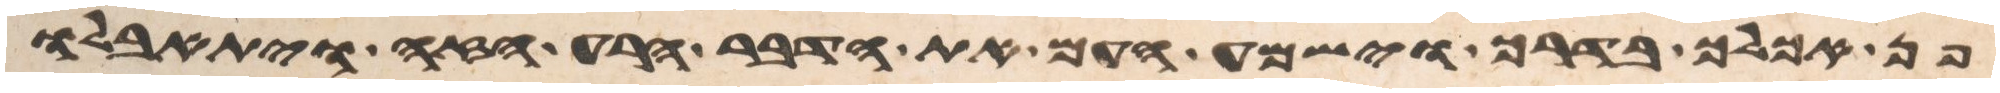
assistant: פן אכלך בדרך וישמע העם את הדבר הרע הזה ויתאבלו